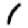
Digit: 1